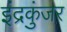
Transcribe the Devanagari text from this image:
इंद्रकुंजर